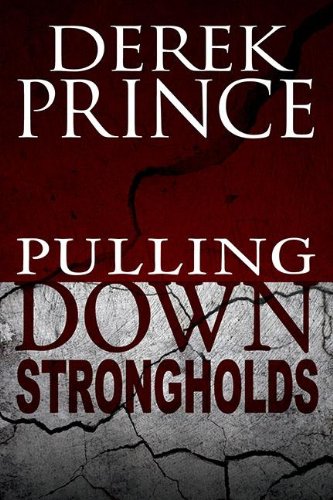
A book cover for Pulling Down Strongholds; Derek Prince; Christian Books & Bibles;